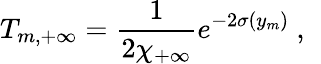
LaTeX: T_{m,+\infty}={\frac{1}{\displaystyle{2\chi_{+\infty}}}}e^{-2\sigma(y_{m})}~,~\,